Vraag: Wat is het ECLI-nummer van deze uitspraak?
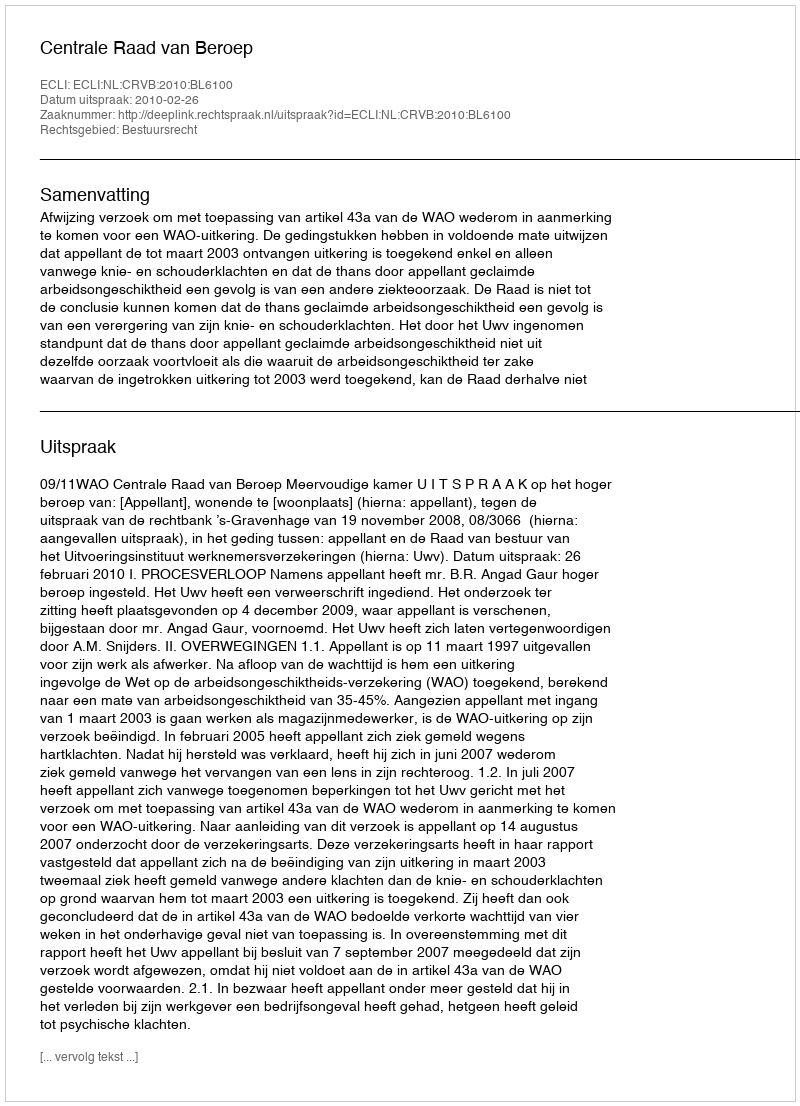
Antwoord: ECLI:NL:CRVB:2010:BL6100